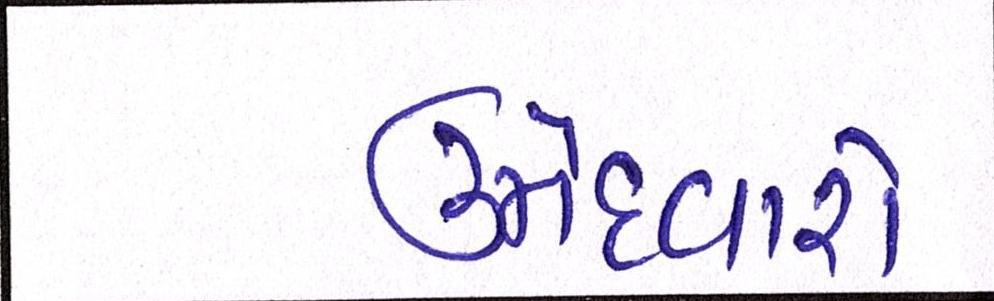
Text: ઉમેદવારો